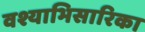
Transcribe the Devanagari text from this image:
वश्याभिसारिका